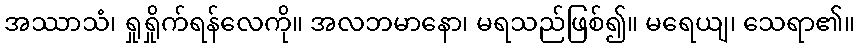
အဿာသံ၊ ရှုရှိုက်ရန်လေကို။ အလဘမာနော၊ မရသည်ဖြစ်၍။ မရေယျ၊ သေရာ၏။